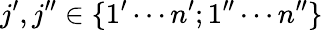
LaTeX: j^{\prime},j^{\prime\prime}\in\{ 1^{\prime}\cdots n^{\prime};1^{\prime\prime}\cdots n^{\prime\prime}\}